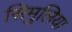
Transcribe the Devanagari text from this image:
सिमुलिया